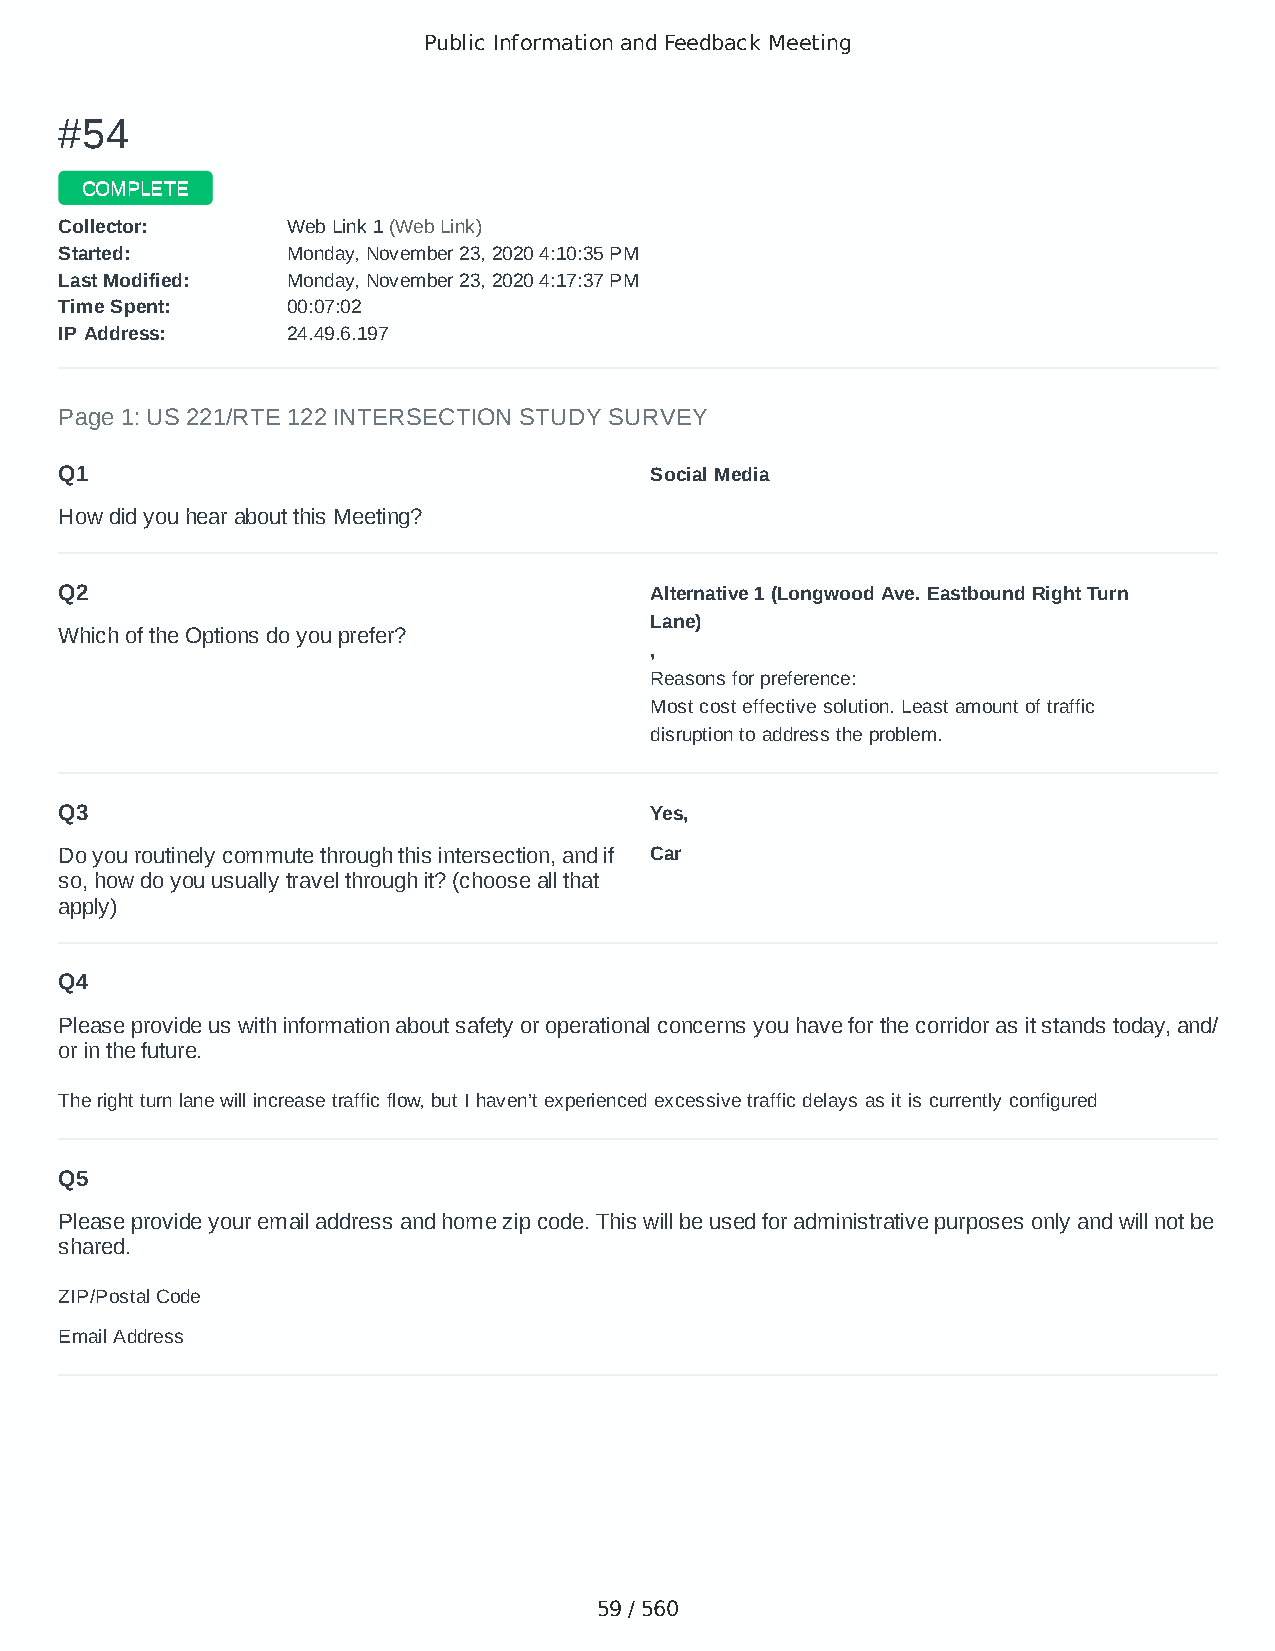
Public Information and Feedback Meeting
 ##5544
 CCOOMMPPLLEETTEE
 CCoolllleeccttoorr:: WWeebb LLiinnkk 11 ((WWeebb LLiinnkk))
 SSttaarrtteedd:: MMoonnddaayy,, NNoovveemmbbeerr 2233,, 22002200 44::1100::3355 PPMM
 LLaasstt MMooddiiffiieedd:: MMoonnddaayy,, NNoovveemmbbeerr 2233,, 22002200 44::1177::3377 PPMM
 TTiimmee SSppeenntt:: 0000::0077::0022
 IIPP AAddddrreessss:: 2244..4499..66..119977
 Page 1: US 221/RTE 122 INTERSECTION STUDY SURVEY
 Q1                                     Social Media
 How did you hear about this Meeting?
 Q2                                     Alternative 1 (Longwood Ave. Eastbound Right Turn
 Lane)
 Which of the Options do you prefer?
 ,
 Reasons for preference:
 Most cost effective solution. Least amount of traffic
 disruption to address the problem.
 Q3                                     Yes,
 Do you routinely commute through this intersection, and if Car
 so, how do you usually travel through it? (choose all that
 apply)
 Q4
 Please provide us with information about safety or operational concerns you have for the corridor as it stands today, and/
 or in the future.
 The right turn lane will increase traffic flow, but I haven’t experienced excessive traffic delays as it is currently configured
 Q5
 Please provide your email address and home zip code. This will be used for administrative purposes only and will not be
 shared.
 ZIP/Postal Code                        24523
 Email Address                          stancbennett@gmail.com
 59 / 560